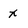
Character: x